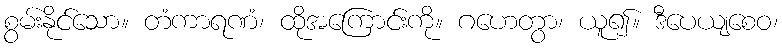
စွမ်းနိုင်သော။ တံကာရဏံ၊ ထိုအကြောင်းကို။ ဂဟေတွာ၊ ယူ၍။ ဒီပေယျစေဝ၊